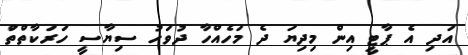
އަދި އެ ޕާޓީ އިން މިދިޔަ ދެ މަހެއްހާ ދުވަހު ސިޔާސީ ހަރަކާތްތަް